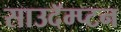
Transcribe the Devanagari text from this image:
साउदॅम्प्टन